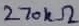
Text: 270kΩ